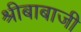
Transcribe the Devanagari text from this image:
श्रीबाबाजी